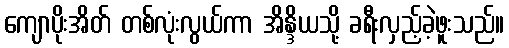
ကျောပိုးအိတ် တစ်လုံးလွယ်ကာ အိန္ဒိယသို့ ခရီးလှည့်ခဲ့ဖူးသည်။